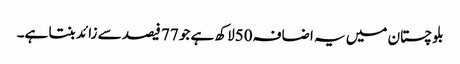
بلوچستان میں یہ اضافہ50لاکھ ہے جو 77 فیصد سے زائد بنتا ہے۔